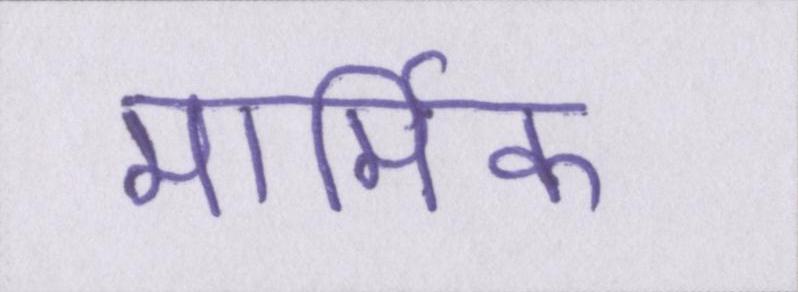
मार्मिक